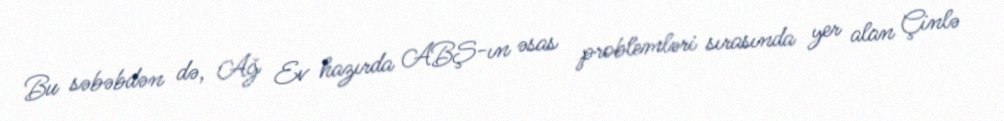
Bu səbəbdən də, Ağ Ev hazırda ABŞ-ın əsas problemləri sırasında yer alan Çinlə